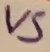
Text: VS